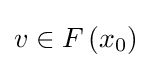
v\in F\left(x_{0}\right)